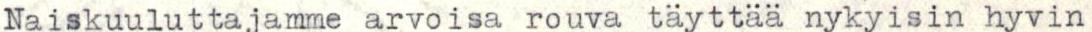
Naiskuuluttajamme arvoisa rouva täyttää nykyisin hyvin